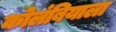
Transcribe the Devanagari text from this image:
कोलंबियाला